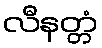
လီနတ္တံ